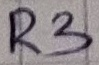
Text: R3